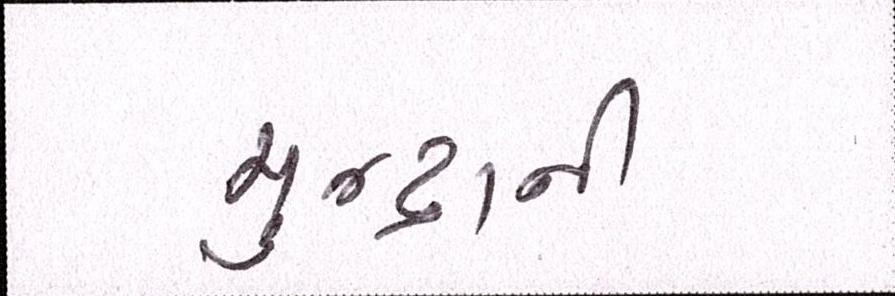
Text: મુન્દ્રાની